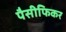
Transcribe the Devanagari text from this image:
पैसीफिकर